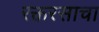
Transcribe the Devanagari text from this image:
रक्तरसाचा